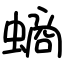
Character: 螪